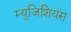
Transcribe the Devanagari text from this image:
म्युजिशियंस